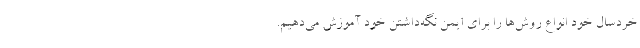
خردسال خود انواع روش‌ها را برای ایمن نگه‌داشتن خود آموزش می‌دهیم.